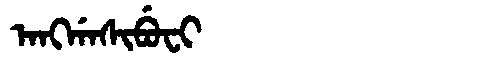
Manchu: ᠠᠩᡤᠠᠰᡳᠪᡠᠸᡳ
Romanization: ANGGASIBUFI